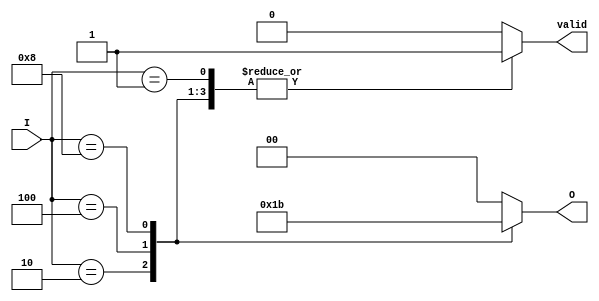
module one_of_n_encoder (
    input wire [3:0] I,      // 4 input lines
    output reg [1:0] O,      // 2 output lines (log2(4) = 2)
    output reg valid         // Valid output signal
);

    always @(*) begin
        // Default values
        O = 2'b00;            // Default output
        valid = 1'b0;        // Default valid signal

        case (I)
            4'b0001: begin O = 2'b00; valid = 1'b1; end // I[0] is high
            4'b0010: begin O = 2'b01; valid = 1'b1; end // I[1] is high
            4'b0100: begin O = 2'b10; valid = 1'b1; end // I[2] is high
            4'b1000: begin O = 2'b11; valid = 1'b1; end // I[3] is high
            default: begin O = 2'b00; valid = 1'b0; end // No valid input or multiple inputs
        endcase
    end

endmodule